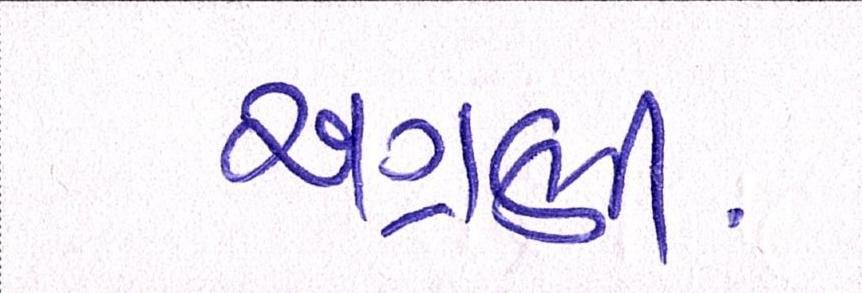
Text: અગ્રણી